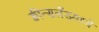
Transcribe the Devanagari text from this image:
क्वीन्सलँडमध्ये